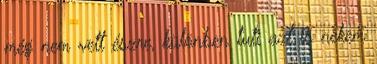
még nem vett észre, különben tuti azt is nekem